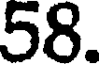
58.